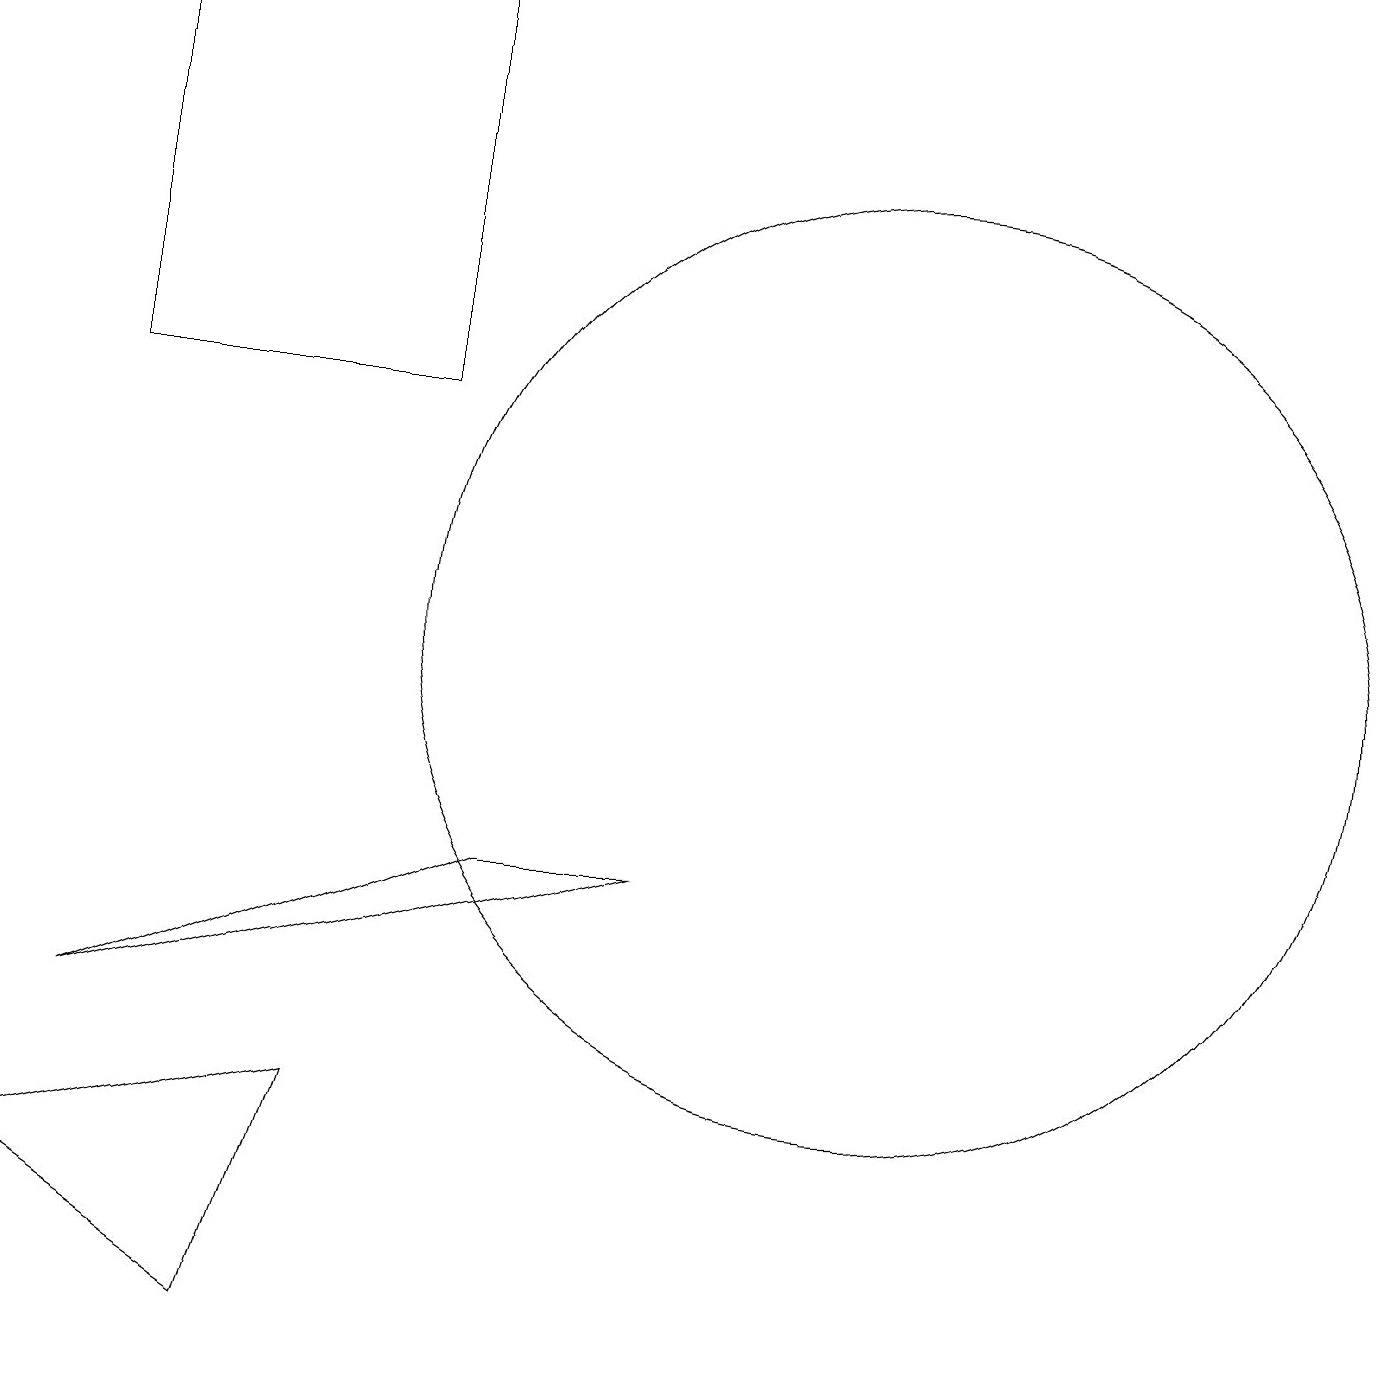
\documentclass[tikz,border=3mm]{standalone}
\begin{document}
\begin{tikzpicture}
\draw (12,10) circle (6);
\draw (6,13) rectangle (2,18);
\draw (2,5) -- (9,7) -- (7,7) -- cycle;
\draw (1,3) -- (5,4) -- (4,1) -- cycle;
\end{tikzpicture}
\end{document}